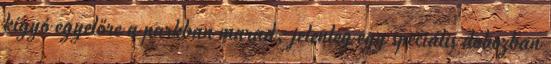
kígyó egyelőre a parkban marad, jelenleg egy speciális dobozban